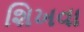
શિખવા